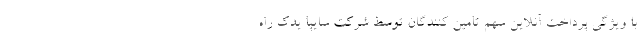
با ويژگي پرداخت آنلاين سهم تامين كنندگان توسط شرکت سایپا یدک راه